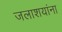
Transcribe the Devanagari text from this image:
जलाशयांना